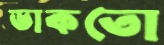
ডাকতো